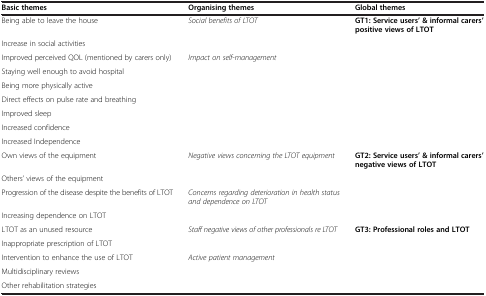
| Basic themes | Organising themes | Global themes |
 | --- | --- | --- |
 | Being able to leave the house | Social benefits of LTOT | GT1: Service users’ &informal carers’ positive views of LTOT |
 | Increase in social activities |  |  |
 | Improved perceived QOL (mentioned by carers only) | Impact on self-management |  |
 | Staying well enough to avoid hospital |  |  |
 | Being more physically active |  |  |
 | Direct effects on pulse rate and breathing |  |  |
 | Improved sleep |  |  |
 | Increased confidence |  |  |
 | Increased Independence |  |  |
 | Own views of the equipment | Negative views concerning the LTOT equipment | GT2: Service users’ &informal carers’ negative views of LTOT |
 | Others’ views of the equipment |  |  |
 | Progression of the disease despite the benefits of LTOT | Concerns regarding deterioration in health status and dependence on LTOT |  |
 | Increasing dependence on LTOT |  |  |
 | LTOT as an unused resource | Staff negative views of other professionals re LTOT | GT3: Professional roles and LTOT |
 | Inappropriate prescription of LTOT |  |  |
 | Intervention to enhance the use of LTOT | Active patient management |  |
 | Multidisciplinary reviews |  |  |
 | Other rehabilitation strategies |  |  |